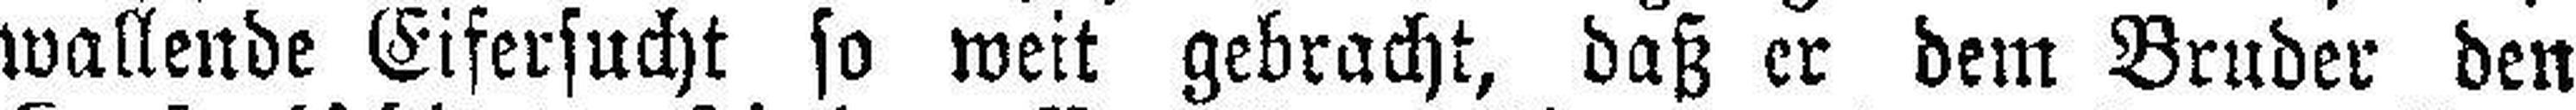
wallende Eifersucht so weit gebracht, daß er dem Bruder den